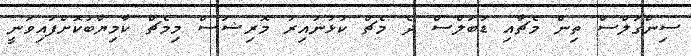
ސިންގަލްސް ތިން މެޗާއި ޑަބަލްސް ދެ މެޗް ކުޅުނުއިރު މޮރިޝަސް މިމެޗް ކާމިޔާބުކޮށްފައިވަނީ